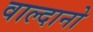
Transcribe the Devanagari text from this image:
वाल्दानो